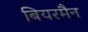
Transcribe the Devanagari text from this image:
बियरमैन